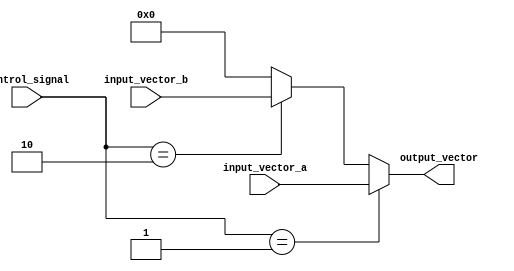
module vector_continuous_assignment (
    input wire [7:0] input_vector_a,  // 8-bit input vector A
    input wire [7:0] input_vector_b,  // 8-bit input vector B
    input wire [3:0] control_signal,   // 4-bit control signal to select input
    output wire [7:0] output_vector     // 8-bit output vector
);

// Continuous assignment based on the control signal
assign output_vector = (control_signal == 4'b0001) ? input_vector_a : // Select input A
                       (control_signal == 4'b0010) ? input_vector_b : // Select input B
                       8'b00000000; // Default case: output zero

endmodule